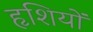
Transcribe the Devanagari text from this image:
हृशियों